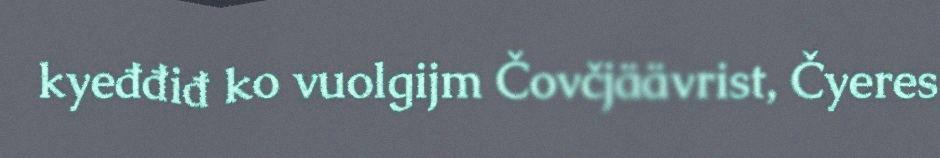
kyeđđiđ ko vuolgijm Čovčjäävrist, Čyeres